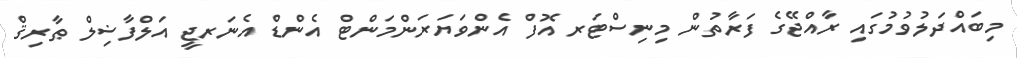
މިބައްދަލުވުމުގައި ރާއްޖޭގެ ފަރާތުން މިނިސްޓަރ އޮފް އެންވަޔަރަންމަންޓް އެންޑް އެނަރޖީ އަލްފާޟިލް ޠާރިޤް